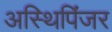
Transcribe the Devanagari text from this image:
अस्थिपिंजर